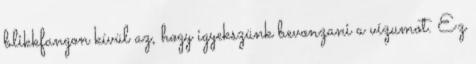
blikkfangon kívül az, hogy igyekszünk bevonzani a vízumot. Ez